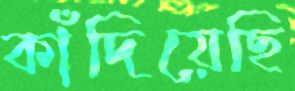
কাঁদিয়েছি